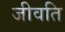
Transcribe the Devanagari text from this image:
जीवति